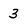
Character: 3